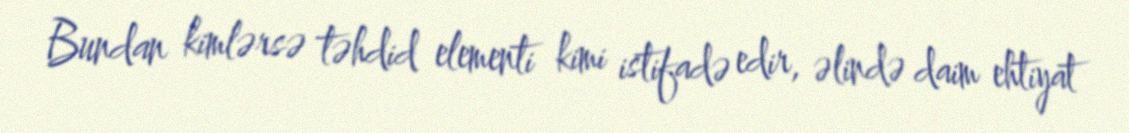
Bundan kimlərsə təhdid elementi kimi istifadə edir, əlində daim ehtiyat